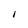
Character: I